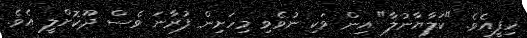
ހިފީއެވެ. "ކަލާޔާނުލާ" އިން ވަކި ނުވެވި މިހަށިން ފުރާނަ ވެސް ދޫކޮށްލީ އެވެ.